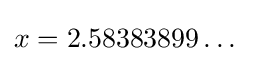
x=2.58383899\dots